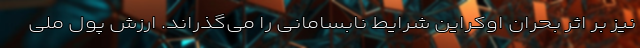
نیز بر اثر بحران اوکراین شرایط نابسامانی را می‌گذراند. ارزش پول ملی